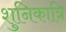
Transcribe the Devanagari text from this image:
शुनिकात्रि